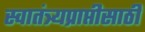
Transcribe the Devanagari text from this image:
स्वातंत्र्यप्राप्तीसाठी